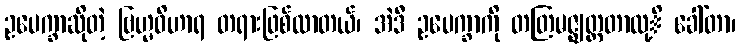
ဥပေက္ခာဆိုတဲ့ ဗြဟ္မဝိဟာရ တရားဖြစ်လာတယ်၊ အဲဒီ ဥပေက္ခာကို တတြမဇ္ဈတ္တတာလု့ိ ခေါ်တာ၊